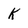
Character: K